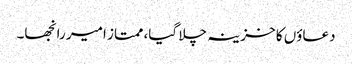
دعاؤں کا خزینہ چلا گیا، ممتاز امیر رانجھا۔